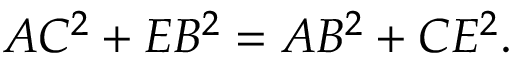
A C ^ { 2 } + E B ^ { 2 } = A B ^ { 2 } + C E ^ { 2 } .